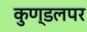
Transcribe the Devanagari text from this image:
कुण्डलपर